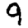
Digit: 9